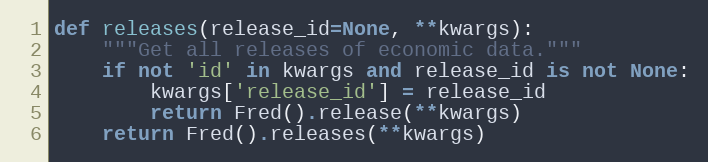
Language: Python
def releases(release_id=None, **kwargs):
    """Get all releases of economic data."""
    if not 'id' in kwargs and release_id is not None:
        kwargs['release_id'] = release_id
        return Fred().release(**kwargs)
    return Fred().releases(**kwargs)